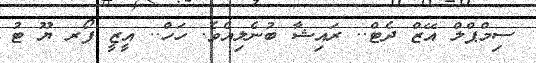
ސިމްޕްލް އޭޒް ދެޓް.. ރައިޝާ ބުނެލިއެވެ. ހަހް.. އީޒީ ފޯރ ޔޫ ޓު